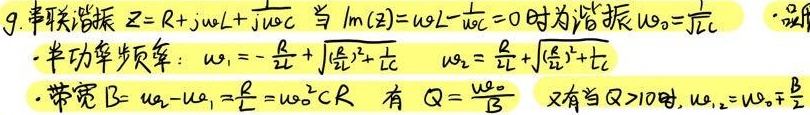
9. 串联谐振 \(Z = R+\mathrm{j}\omega L+\frac{1}{\mathrm{j}\omega C}\) 当 \(\mathrm{Im}(Z)=\omega L-\frac{1}{\omega C}=0\) 时为谐振 \(\omega_{0}=\frac{1}{\sqrt{LC}}\)
- 半功率频率：\(\omega_{1}=-\frac{R}{2L}+\sqrt{(\frac{R}{2L})^{2}+\frac{1}{LC}}\)  \(\omega_{2}=\frac{R}{2L}+\sqrt{(\frac{R}{2L})^{2}+\frac{1}{LC}}\)
- 带宽 \(B = \omega_{2}-\omega_{1}=\frac{R}{L}=\omega_{0}^{2}CR\) 有 \(Q = \frac{\omega_{0}}{B}\) 又有当 \(Q\gg10\) 时，\(\omega_{1,2}=\omega_{0}\mp\frac{B}{2}\)